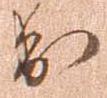
出